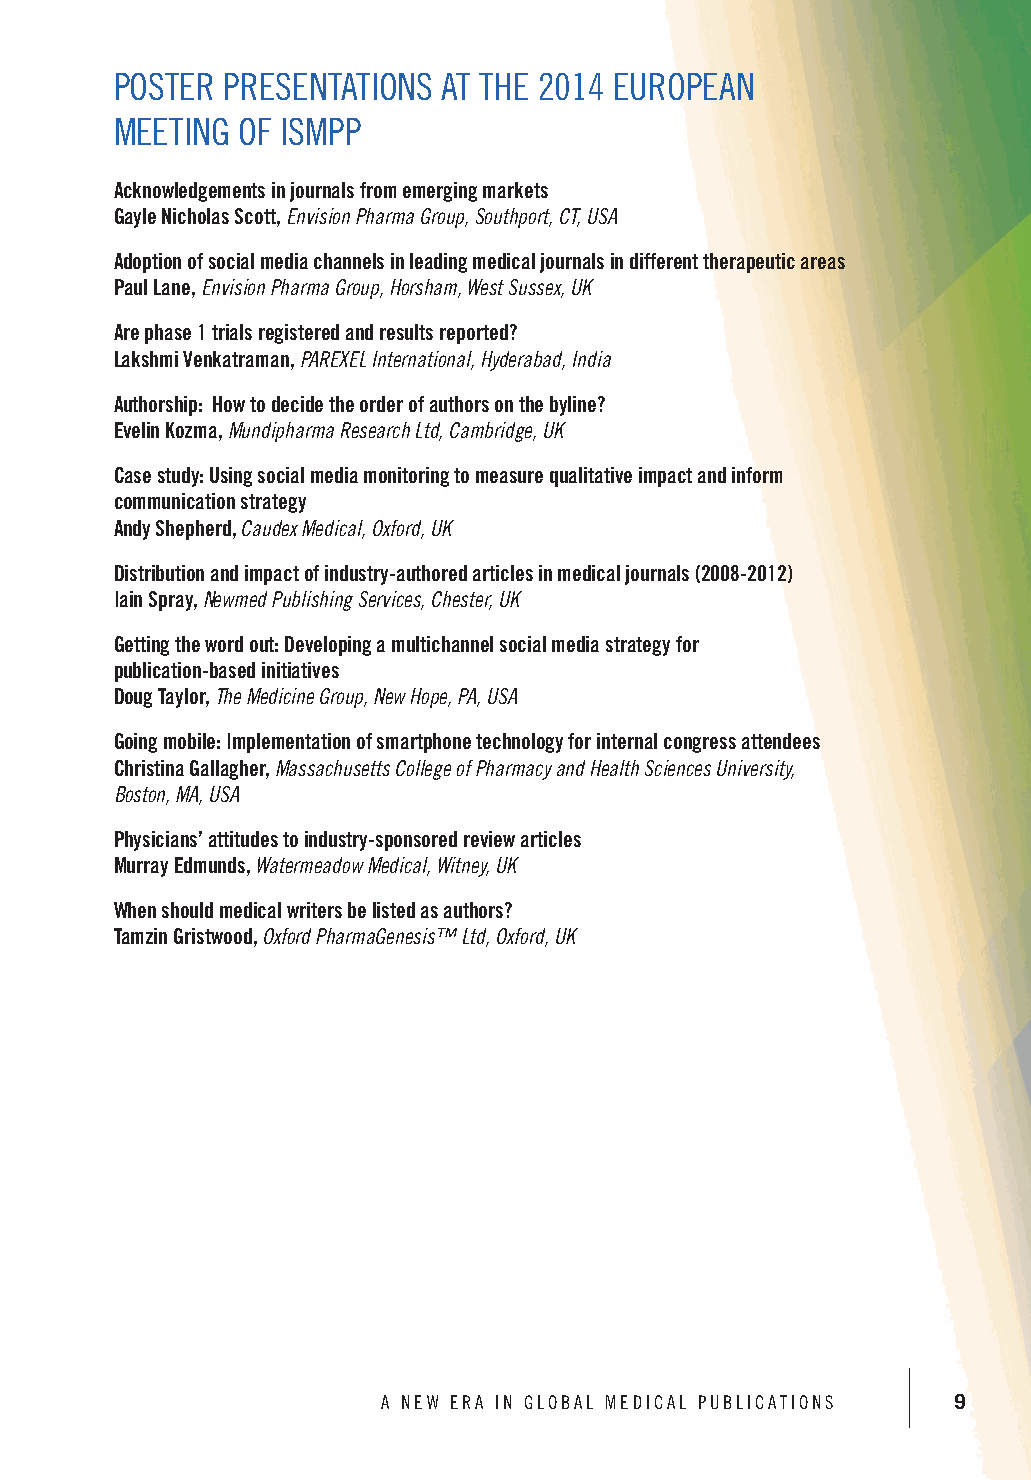
POSTER PRESENTATIONS  AT THE 2014 EUROPEAN
 MEETING OF ISMPP
 Acknowledgements in journals from emerging markets
 Gayle Nicholas Scott, Envision Pharma Group, Southport, CT, USA
 Adoption of social media channels in leading medical journals in different therapeutic areas
 Paul Lane, Envision Pharma Group, Horsham, West Sussex, UK
 Are phase 1 trials registered and results reported?
 Lakshmi Venkatraman, PAREXEL International, Hyderabad, India
 Authorship: How to decide the order of authors on the byline?
 Evelin Kozma, Mundipharma Research Ltd, Cambridge, UK
 Case study: Using social media monitoring to measure qualitative impact and inform
 communication strategy
 Andy Shepherd, Caudex Medical, Oxford, UK
 Distribution and impact of industry-authored articles in medical journals (2008-2012)
 Iain Spray, Newmed Publishing Services, Chester, UK
 Getting the word out: Developing a multichannel social media strategy for
 publication-based initiatives
 Doug Taylor, The Medicine Group, New Hope, PA, USA
 Going mobile: Implementation of smartphone technology for internal congress attendees
 Christina Gallagher, Massachusetts College of Pharmacy and Health Sciences University,
 Boston, MA, USA
 Physicians’ attitudes to industry-sponsored review articles
 Murray Edmunds, Watermeadow Medical, Witney, UK
 When should medical writers be listed as authors?
 Tamzin Gristwood, Oxford PharmaGenesis™ Ltd, Oxford, UK
 A NEW ERA IN GLOBAL MEDICAL PUBLICATIONS 9